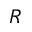
R